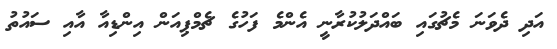
އަދި ދެވަނަ މެޗުގައި ބައްދަލުކުރާނީ އެންމެ ފަހުގެ ޗެމްޕިއަން އިންޑިއާ އާއި ސައުތު